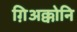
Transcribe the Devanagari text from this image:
ग़िअक्कोनि